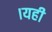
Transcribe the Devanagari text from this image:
।यही